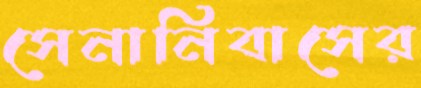
সেনানিবাসের